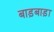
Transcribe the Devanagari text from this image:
बाड़बाड़ा